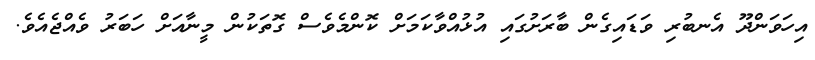
އިހަވަންދޫ އެނބުރި ވަޑައިގެން ބާރަށުގައި އުޅުއްވާކަމަށް ކޮންމެވެސް ގޮތަކުން މީނާއަށް ހަބަރު ވެއްޖެއެވެ.